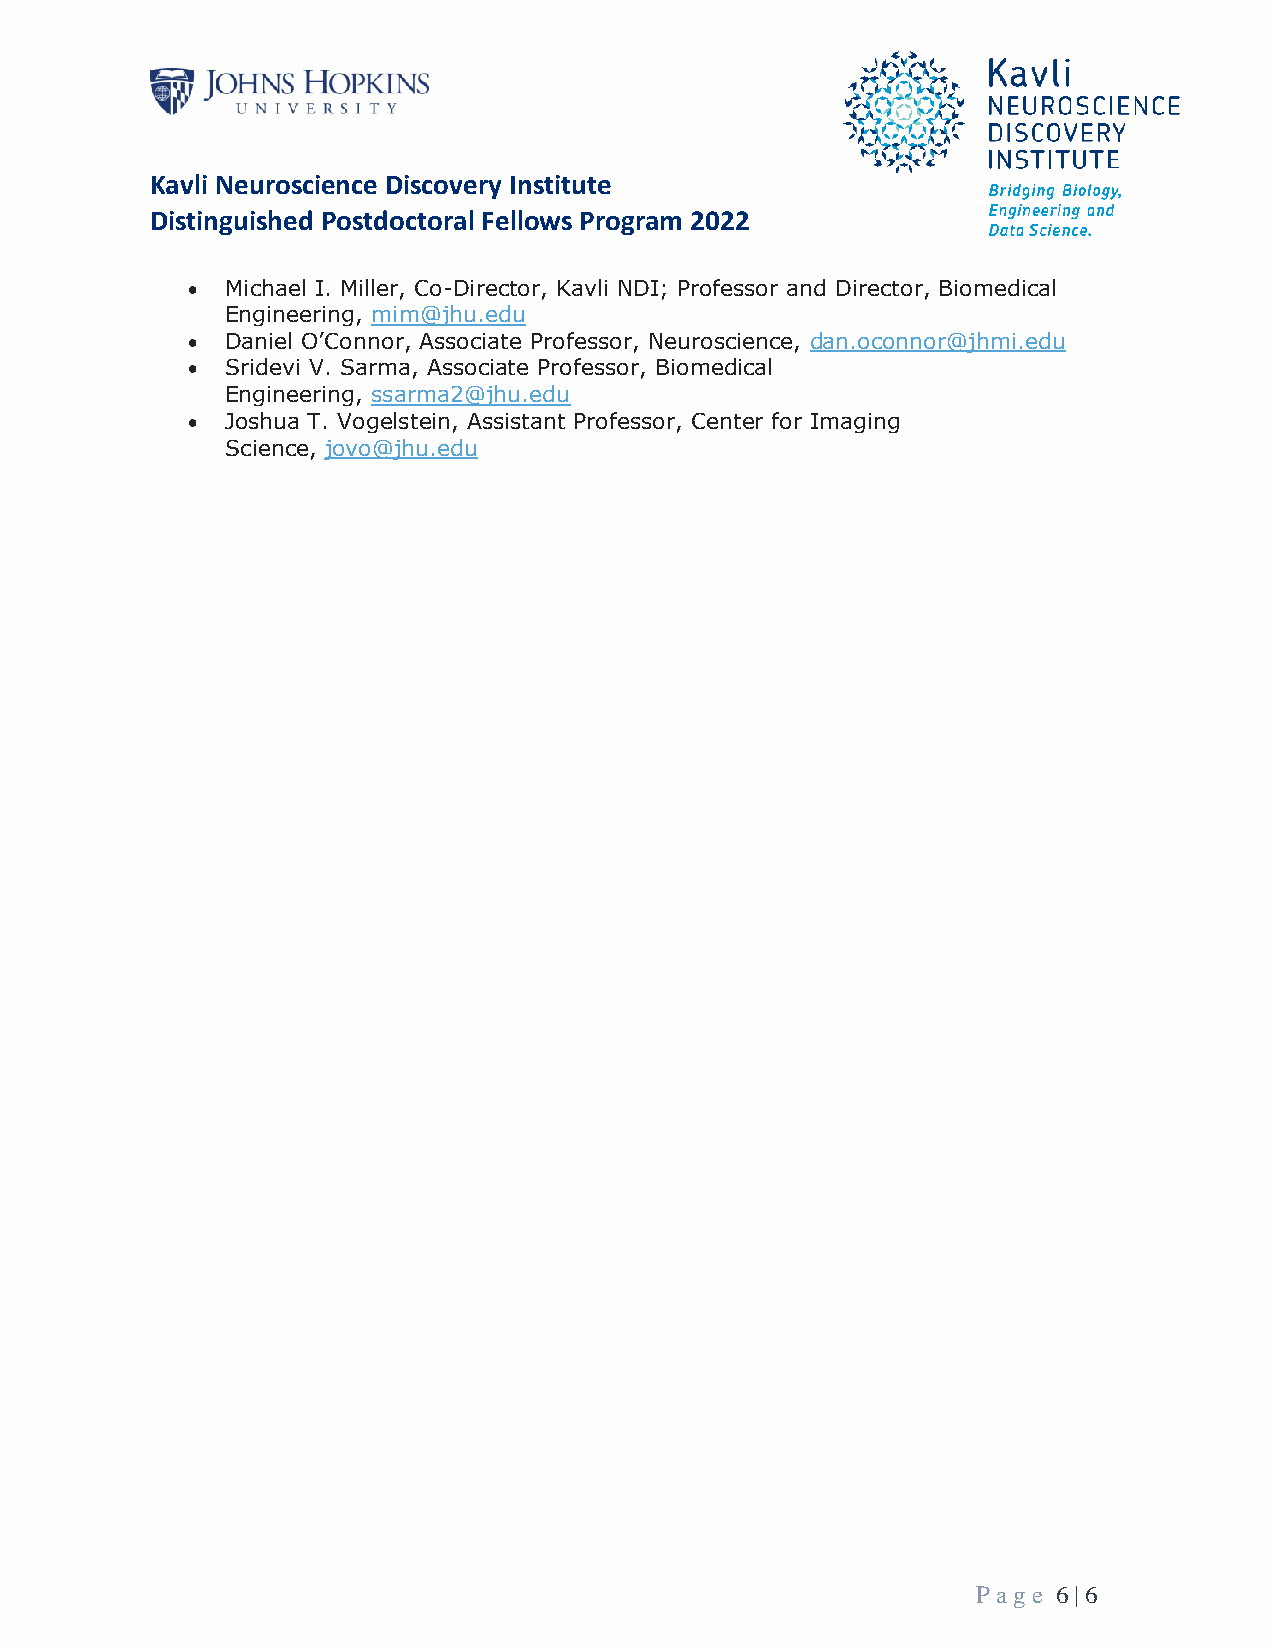
Kavli Neuroscience Discovery Institute
 Distinguished Postdoctoral Fellows Program 2022
 •  Michael I. Miller, Co-Director, Kavli NDI; Professor and Director, Biomedical
 Engineering, mim@jhu.edu
 •  Daniel O’Connor, Associate Professor, Neuroscience, dan.oconnor@jhmi.edu
 •  Sridevi V. Sarma, Associate Professor, Biomedical
 Engineering, ssarma2@jhu.edu
 •  Joshua T. Vogelstein, Assistant Professor, Center for Imaging
 Science, jovo@jhu.edu
 P age 6 | 6